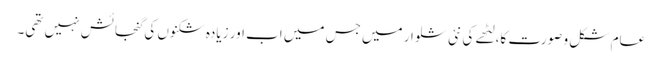
عام شکل و صورت کا، لٹھے کی نئی شلوار میں جس میں اب اور زیادہ شکنوں کی گنجائش نہیں تھی۔